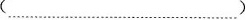
(…………)